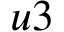
u 3